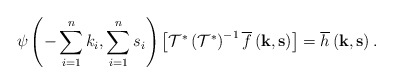
\begin{align*}\psi\left(-\sum_{i=1}^{n}k_{i},\sum_{i=1}^{n}s_{i}\right)\left[\mathcal{T}^{*}\left(\mathcal{T}^{*}\right)^{-1}\overline{f}\left(\mathbf{k},\mathbf{s}\right)\right]=\overline{h}\left(\mathbf{k},\mathbf{s}\right).\end{align*}